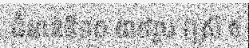
ជំនាន់ទី១០ ៣៩រូប (ស្រី ៥